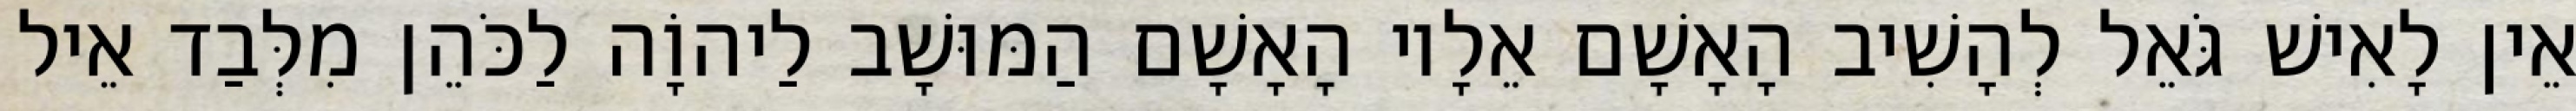
אֵין לָאִישׁ גֹּאֵל לְהָשִׁיב הָאָשָׁם אֵלָיו הָאָשָׁם הַמּוּשָׁב לַיהוָֹה לַכֹּהֵן מִלְּבַד אֵיל